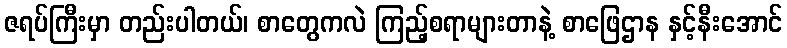
ဇရပ်ကြီးမှာ တည်းပါတယ်၊ စာတွေကလဲ ကြည့်စရာများတာနဲ့ စာဖြေဌာန နှင့်နီးအောင်